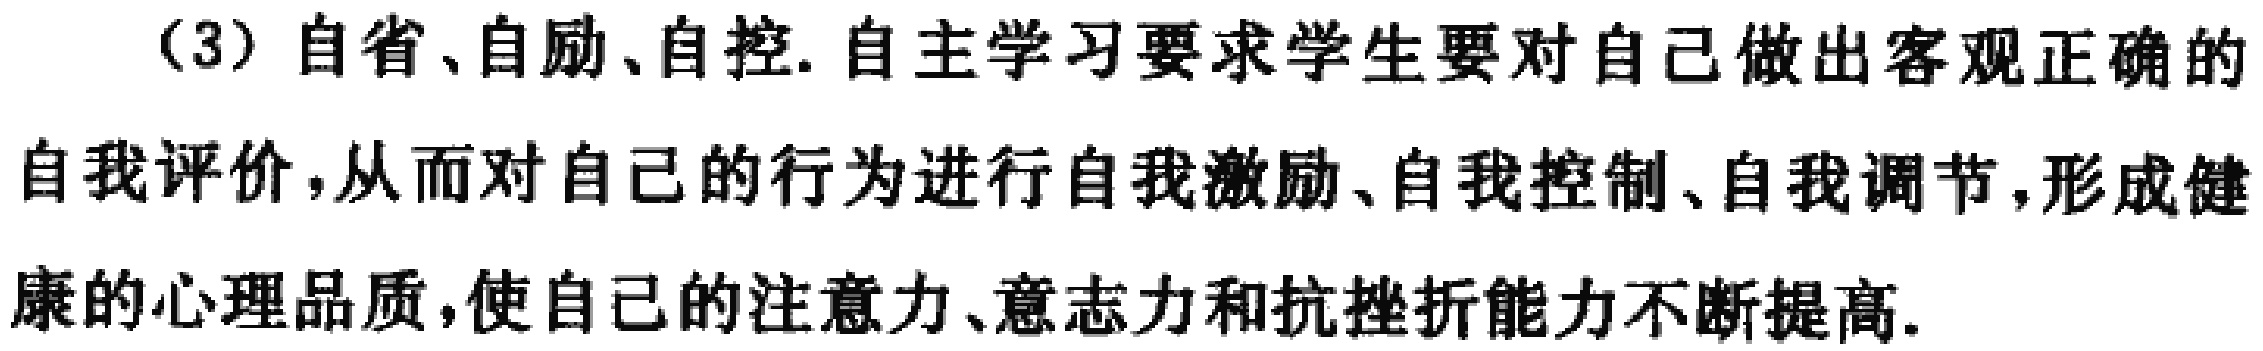
（3）自省、自励、自控. 自主学习要求学生要对自己做出客观正确的自我评价，从而对自己的行为进行自我激励、自我控制、自我调节，形成健康的心理品质，使自己的注意力、意志力和抗挫折能力不断提高.